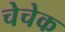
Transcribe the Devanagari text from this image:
चेचेक